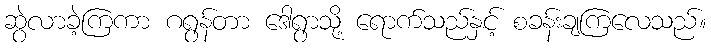
ဆွဲလာခဲ့ကြကာ ဂရွန်တာ ဒေါရွာသို့ ရောက်သည်နှင့် စခန်းချကြလေသည်။